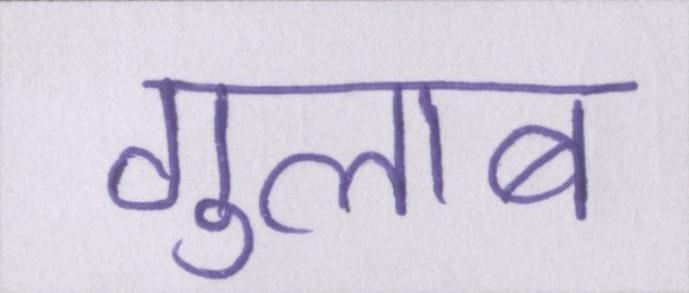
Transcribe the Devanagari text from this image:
गुलाब